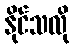
နိုင်သလို